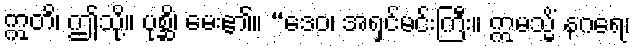
ဣတိ၊ ဤသို့။ ပုစ္ဆိ၊ မေး၏။ “ဒေဝ၊ အရှင်မင်းကြီး။ ဣမသ္မိံ နဂရေ၊